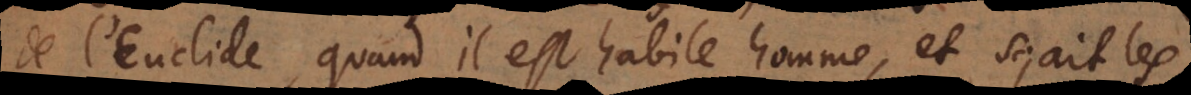
de l’Euclide, quand il est habile homme, et sçait les